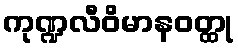
ကုဏ္ဍလီဝိမာနဝတ္ထု